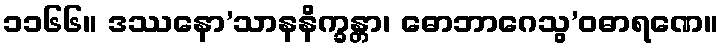
၁၁၆၆။ ဒဿနော’သာနနိက္ခန္တာ၊ ဓောဘာဂေသွ’ဝဓာရဏေ။